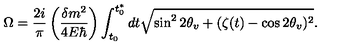
\Omega = \frac { 2 i } { \pi } \left( \frac { \delta m ^ { 2 } } { 4 E \hbar } \right) \int _ { t _ { 0 } } ^ { t _ { 0 } ^ { * } } { d t \sqrt { \sin ^ { 2 } { 2 \theta _ { v } } + ( \zeta ( t ) - \cos { 2 \theta _ { v } } ) ^ { 2 } } } .